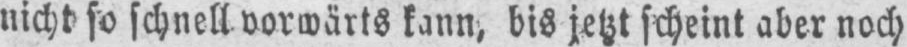
nicht so schnell vorwärts kann, bis jetzt scheint aber noch